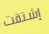
إشتقت